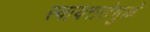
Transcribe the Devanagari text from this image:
स्वायत्ततेमुळे